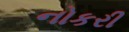
નોકરી